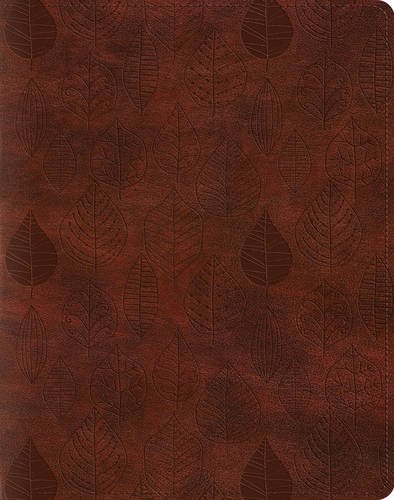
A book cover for ESV Single Column Journaling Bible (TruTone, Chestnut, Leaves Design); ESV Bibles by Crossway; Christian Books & Bibles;